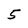
Character: 5